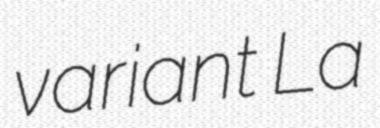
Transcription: variant La